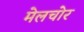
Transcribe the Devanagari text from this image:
मेलचोर